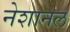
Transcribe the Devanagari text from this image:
नेशानल